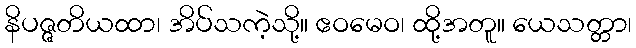
နိပဇ္ဇတိယထာ၊ အိပ်သကဲ့သို့။ ဧဝမေဝ၊ ထို့အတူ။ ယေသတ္တာ၊